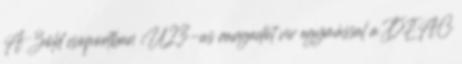
A Zöld csoportban U23-as rangadót vív egymással a DEAC